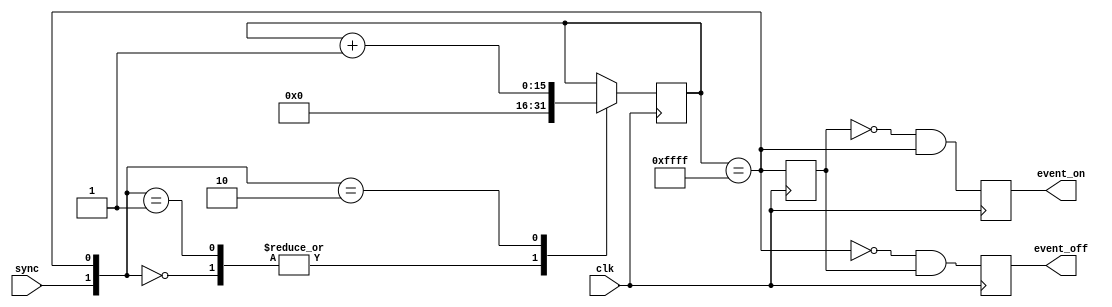
module debnce
  (
  input  wire        sync,
  input  wire        clk,
  output reg         event_on,
  output reg         event_off
  );

  //******************************************************************//
  // Implement debouncing.                                            //
  //******************************************************************//

  reg         [15:0] ctr;
  reg                dly;
  wire               sat;

  assign sat = (ctr == 16'hffff);

  always @(posedge clk)
  begin : saturating_counter
    case ({sync, sat})
      0: ctr <= 0;
      1: ctr <= 0;
      2: ctr <= ctr + 1;
    endcase
    dly <= sat;
    event_on  <= !dly && sat;
    event_off <= !sat && dly;
  end

  //******************************************************************//
  //                                                                  //
  //******************************************************************//

endmodule